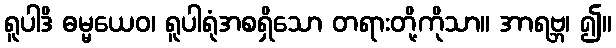
ရူပါဒိ ဓမ္မယေဝ၊ ရူပါရုံအစရှိသော တရားတို့ကိုသာ။ အာရဗ္ဘ၊ ၍။